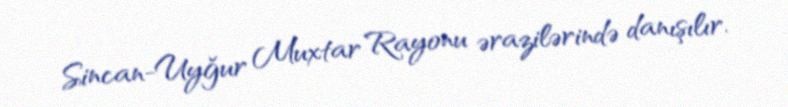
Sincan-Uyğur Muxtar Rayonu ərazilərində danışılır.